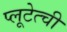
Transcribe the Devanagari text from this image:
प्लूटेत्ची